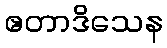
ဧတာဒိသေန